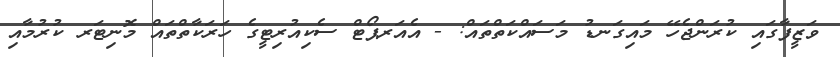
ވަޒީފާގައި ކުރަންޖެހޭ މައިގަނޑު މަސައްކަތްތައް: - އެއަރޕޯޓް ސެކިއުރިޓީގެ ހަރަކާތްތައް މޮނިޓަރ ކުރުމާއި